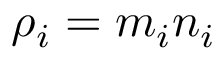
\rho _ { i } = m _ { i } n _ { i }